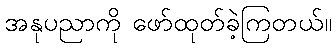
အနုပညာကို ဖော်ထုတ်ခဲ့ကြတယ်။